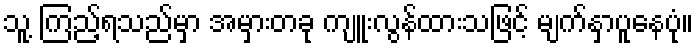
သူ့ ကြည့်ရသည်မှာ အမှားတခု ကျူးလွန်ထားသဖြင့် မျက်နှာပူနေပုံ။